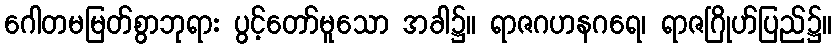
ဂေါတမမြတ်စွာဘုရား ပွင့်တော်မူသော အခါ၌။ ရာဇဂဟနဂရေ၊ ရာဇဂြိုဟ်ပြည်၌။